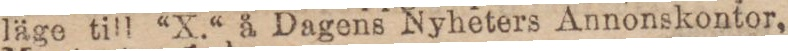
läge till “X.“ å Dagens Nyheters Annonskontor,